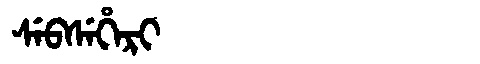
Manchu: ᠰᡝᠪᠰᡝᡥᡝᡵᡳ
Romanization: SEBSEHERI